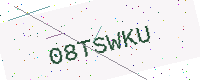
Text: 08TSWKU